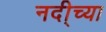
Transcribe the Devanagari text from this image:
नदी्च्या